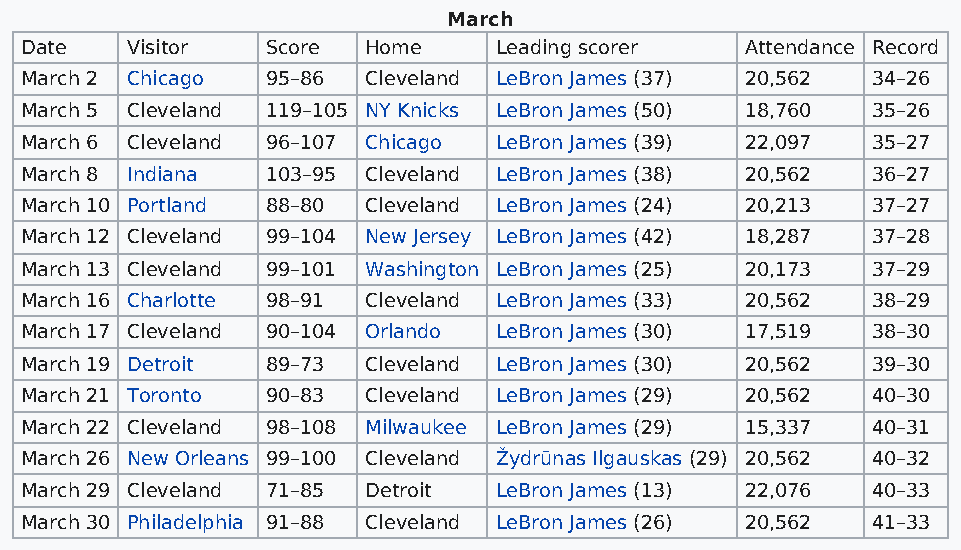
March
 Date   Visitor   Score Home     Leading scorer  Attendance Record
 March 2 Chicago  95–86 Cleveland LeBron James (37) 20,562 34–26
 March 5 Cleveland 119–105 NY Knicks LeBron James (50) 18,760 35–26
 March 6 Cleveland 96–107 Chicago LeBron James (39) 22,097 35–27
 March 8 Indiana  103–95 Cleveland LeBron James (38) 20,562 36–27
 March 10 Portland 88–80 Cleveland LeBron James (24) 20,213 37–27
 March 12 Cleveland 99–104 New Jersey LeBron James (42) 18,287 37–28
 March 13 Cleveland 99–101 Washington LeBron James (25) 20,173 37–29
 March 16 Charlotte 98–91 Cleveland LeBron James (33) 20,562 38–29
 March 17 Cleveland 90–104 Orlando LeBron James (30) 17,519 38–30
 March 19 Detroit 89–73 Cleveland LeBron James (30) 20,562 39–30
 March 21 Toronto 90–83 Cleveland LeBron James (29) 20,562 40–30
 March 22 Cleveland 98–108 Milwaukee LeBron James (29) 15,337 40–31
 March 26 New Orleans 99–100 Cleveland Žydrūnas Ilgauskas (29) 20,562 40–32
 March 29 Cleveland 71–85 Detroit LeBron James (13) 22,076 40–33
 March 30 Philadelphia 91–88 Cleveland LeBron James (26) 20,562 41–33